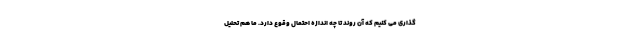
گذاری می کنیم که آن روند تا چه اندازه احتمال وقوع دارد. ما هم تحلیل